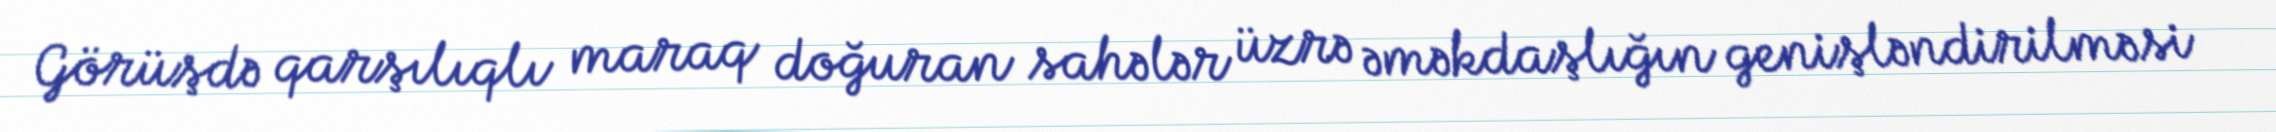
Görüşdə qarşılıqlı maraq doğuran sahələr üzrə əməkdaşlığın genişləndirilməsi